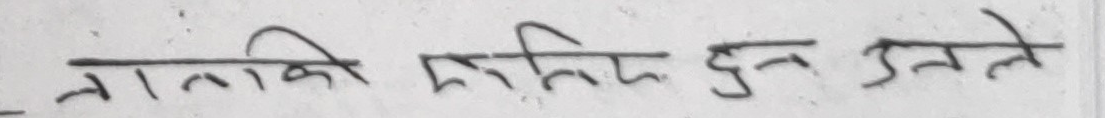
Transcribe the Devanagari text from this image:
नाताकि दरिद्र हुन उनले